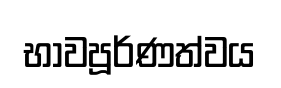
භාවපූර්ණත්වය